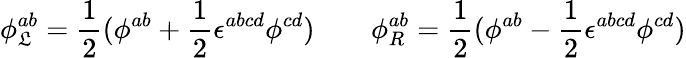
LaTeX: \phi_{\mathfrak{L}}^{ab}=\frac{1}{2}(\phi^{ab}+\frac{1}{2}\epsilon^{abcd}\phi^{cd})\quad\quad\phi_{R}^{ab}=\frac{1}{2}(\phi^{ab}-\frac{1}{2}\epsilon^{abcd}\phi^{cd})